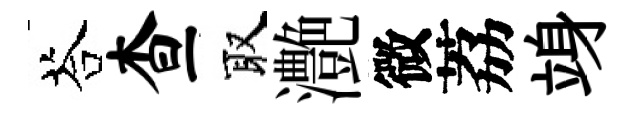
荅查取灔微荔竧